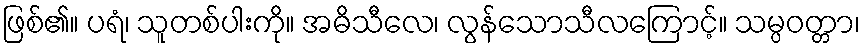
ဖြစ်၏။ ပရံ၊ သူတစ်ပါးကို။ အဓိသီလေ၊ လွန်သောသီလကြောင့်။ သမ္ပဝတ္တာ၊